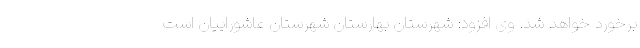
برخورد خواهد شد. وی افزود: شهرستان بهارستان شهرستان عاشوراییان است